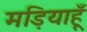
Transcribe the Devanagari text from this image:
मड़ियाहूँ